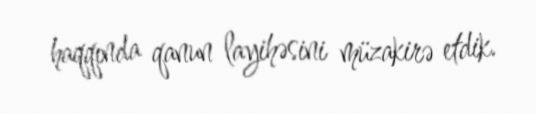
haqqında qanun layihəsini müzakirə etdik.